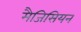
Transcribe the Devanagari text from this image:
मैजिसियन